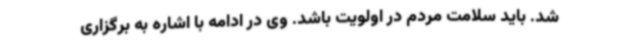
شد. باید سلامت مردم در اولویت باشد. وی در ادامه با اشاره به برگزاری